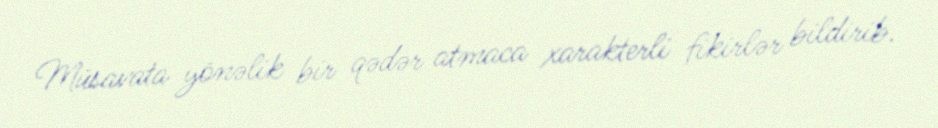
Müsavata yönəlik bir qədər atmaca xarakterli fikirlər bildirib.